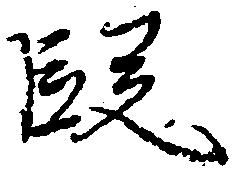
段